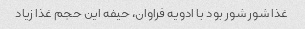
غذا شور شور بود با ادویه فراوان، حیفه این حجم غذا زیاد